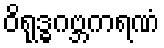
ဝိရုဒ္ဓဂဗ္ဘကရဏံ